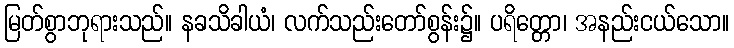
မြတ်စွာဘုရားသည်။ နခသိခါယံ၊ လက်သည်းတော်စွန်း၌။ ပရိတ္တော၊ အနည်းငယ်သော။